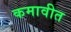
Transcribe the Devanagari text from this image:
कमावीत